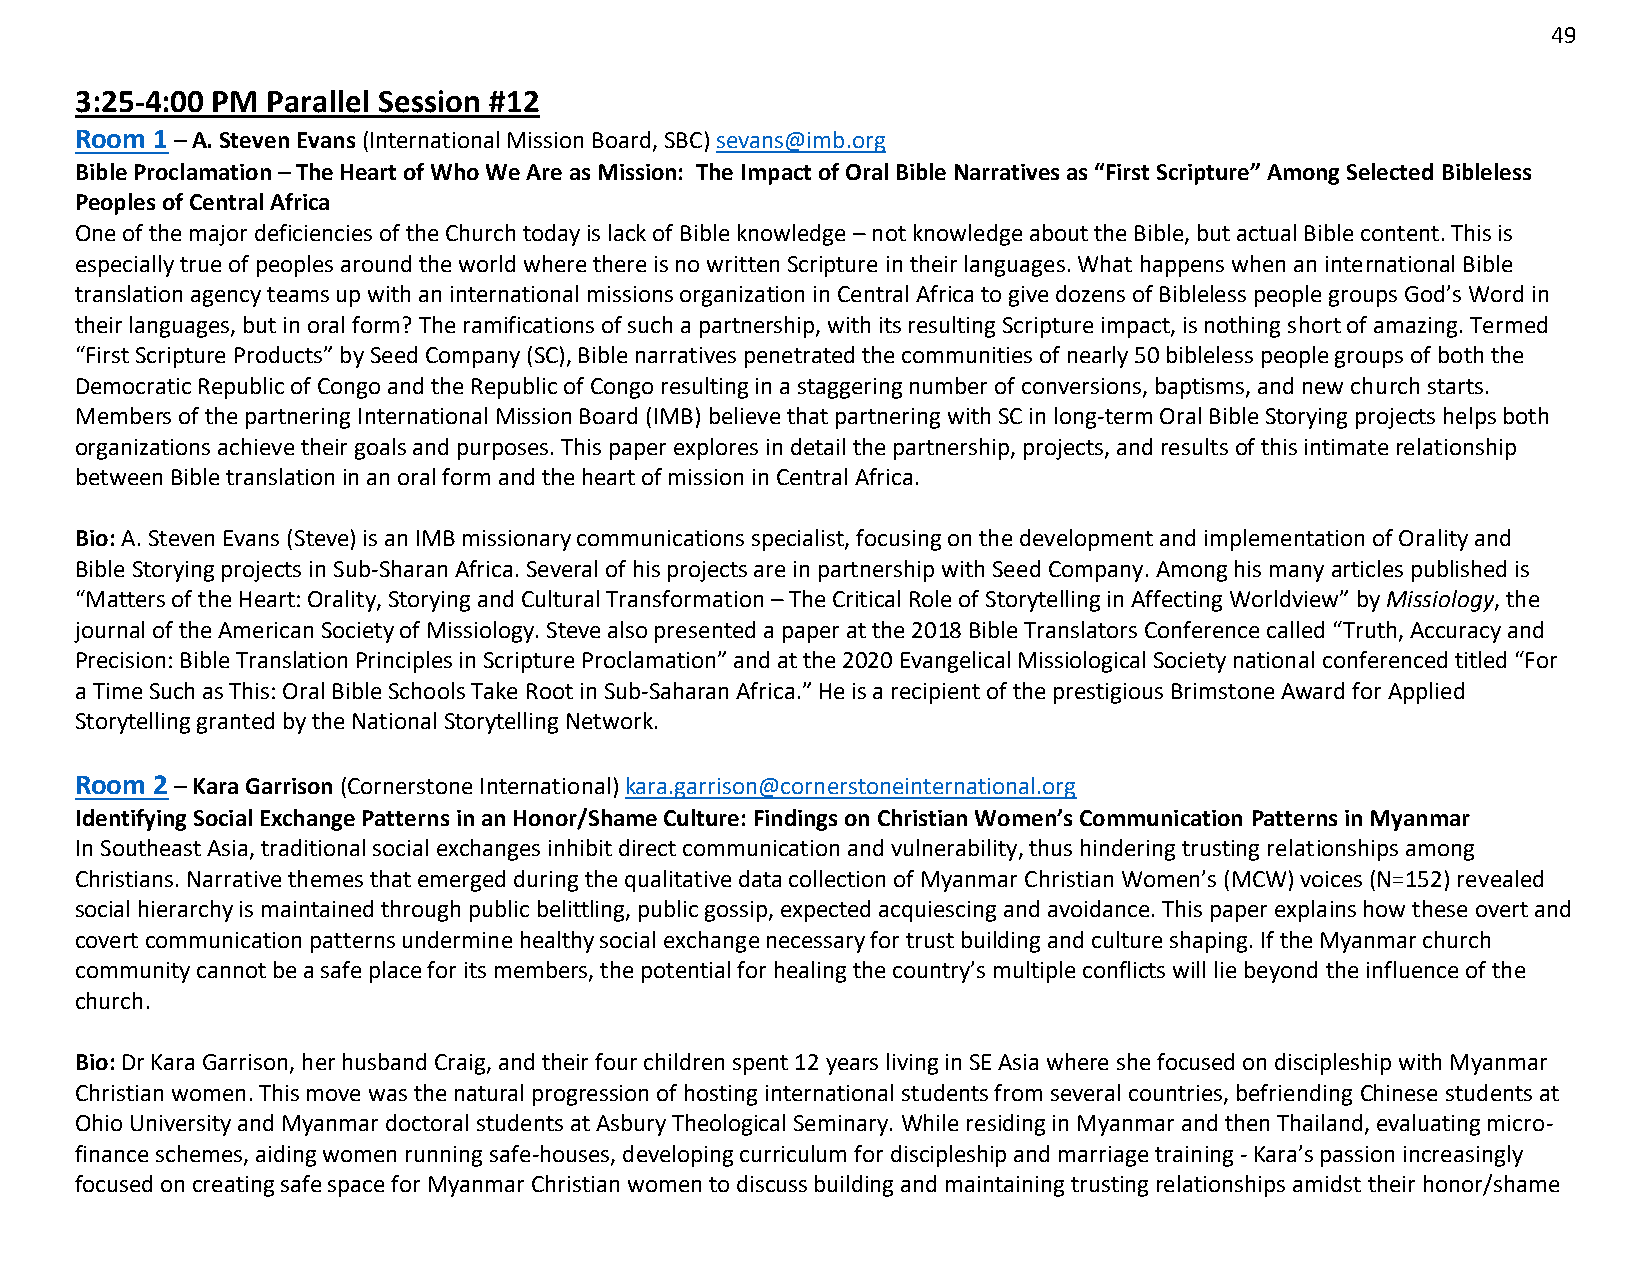
49
 3:25-4:00 PM Parallel Session #12
 Room 1 – A. Steven Evans (International Mission Board, SBC) sevans@imb.org
 Bible Proclamation – The Heart of Who We Are as Mission: The Impact of Oral Bible Narratives as “First Scripture” Among Selected Bibleless
 Peoples of Central Africa
 One of the major deficiencies of the Church today is lack of Bible knowledge – not knowledge about the Bible, but actual Bible content. This is
 especially true of peoples around the world where there is no written Scripture in their languages. What happens when an international Bible
 translation agency teams up with an international missions organization in Central Africa to give dozens of Bibleless people groups God’s Word in
 their languages, but in oral form? The ramifications of such a partnership, with its resulting Scripture impact, is nothing short of amazing. Termed
 “First Scripture Products” by Seed Company (SC), Bible narratives penetrated the communities of nearly 50 bibleless people groups of both the
 Democratic Republic of Congo and the Republic of Congo resulting in a staggering number of conversions, baptisms, and new church starts.
 Members of the partnering International Mission Board (IMB) believe that partnering with SC in long-term Oral Bible Storying projects helps both
 organizations achieve their goals and purposes. This paper explores in detail the partnership, projects, and results of this intimate relationship
 between Bible translation in an oral form and the heart of mission in Central Africa.
 Bio: A. Steven Evans (Steve) is an IMB missionary communications specialist, focusing on the development and implementation of Orality and
 Bible Storying projects in Sub-Sharan Africa. Several of his projects are in partnership with Seed Company. Among his many articles published is
 “Matters of the Heart: Orality, Storying and Cultural Transformation – The Critical Role of Storytelling in Affecting Worldview” by Missiology, the
 journal of the American Society of Missiology. Steve also presented a paper at the 2018 Bible Translators Conference called “Truth, Accuracy and
 Precision: Bible Translation Principles in Scripture Proclamation” and at the 2020 Evangelical Missiological Society national conferenced titled “For
 a Time Such as This: Oral Bible Schools Take Root in Sub-Saharan Africa.” He is a recipient of the prestigious Brimstone Award for Applied
 Storytelling granted by the National Storytelling Network.
 Room 2 – Kara Garrison (Cornerstone International) kara.garrison@cornerstoneinternational.org
 Identifying Social Exchange Patterns in an Honor/Shame Culture: Findings on Christian Women’s Communication Patterns in Myanmar
 In Southeast Asia, traditional social exchanges inhibit direct communication and vulnerability, thus hindering trusting relationships among
 Christians. Narrative themes that emerged during the qualitative data collection of Myanmar Christian Women’s (MCW) voices (N=152) revealed
 social hierarchy is maintained through public belittling, public gossip, expected acquiescing and avoidance. This paper explains how these overt and
 covert communication patterns undermine healthy social exchange necessary for trust building and culture shaping. If the Myanmar church
 community cannot be a safe place for its members, the potential for healing the country’s multiple conflicts will lie beyond the influence of the
 church.
 Bio: Dr Kara Garrison, her husband Craig, and their four children spent 12 years living in SE Asia where she focused on discipleship with Myanmar
 Christian women. This move was the natural progression of hosting international students from several countries, befriending Chinese students at
 Ohio University and Myanmar doctoral students at Asbury Theological Seminary. While residing in Myanmar and then Thailand, evaluating micro-
 finance schemes, aiding women running safe-houses, developing curriculum for discipleship and marriage training - Kara’s passion increasingly
 focused on creating safe space for Myanmar Christian women to discuss building and maintaining trusting relationships amidst their honor/shame